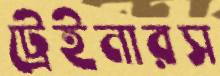
ট্রেইনারস